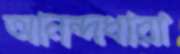
আনন্দধারা